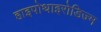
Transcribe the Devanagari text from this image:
हाइपोथाइरोडिज्म